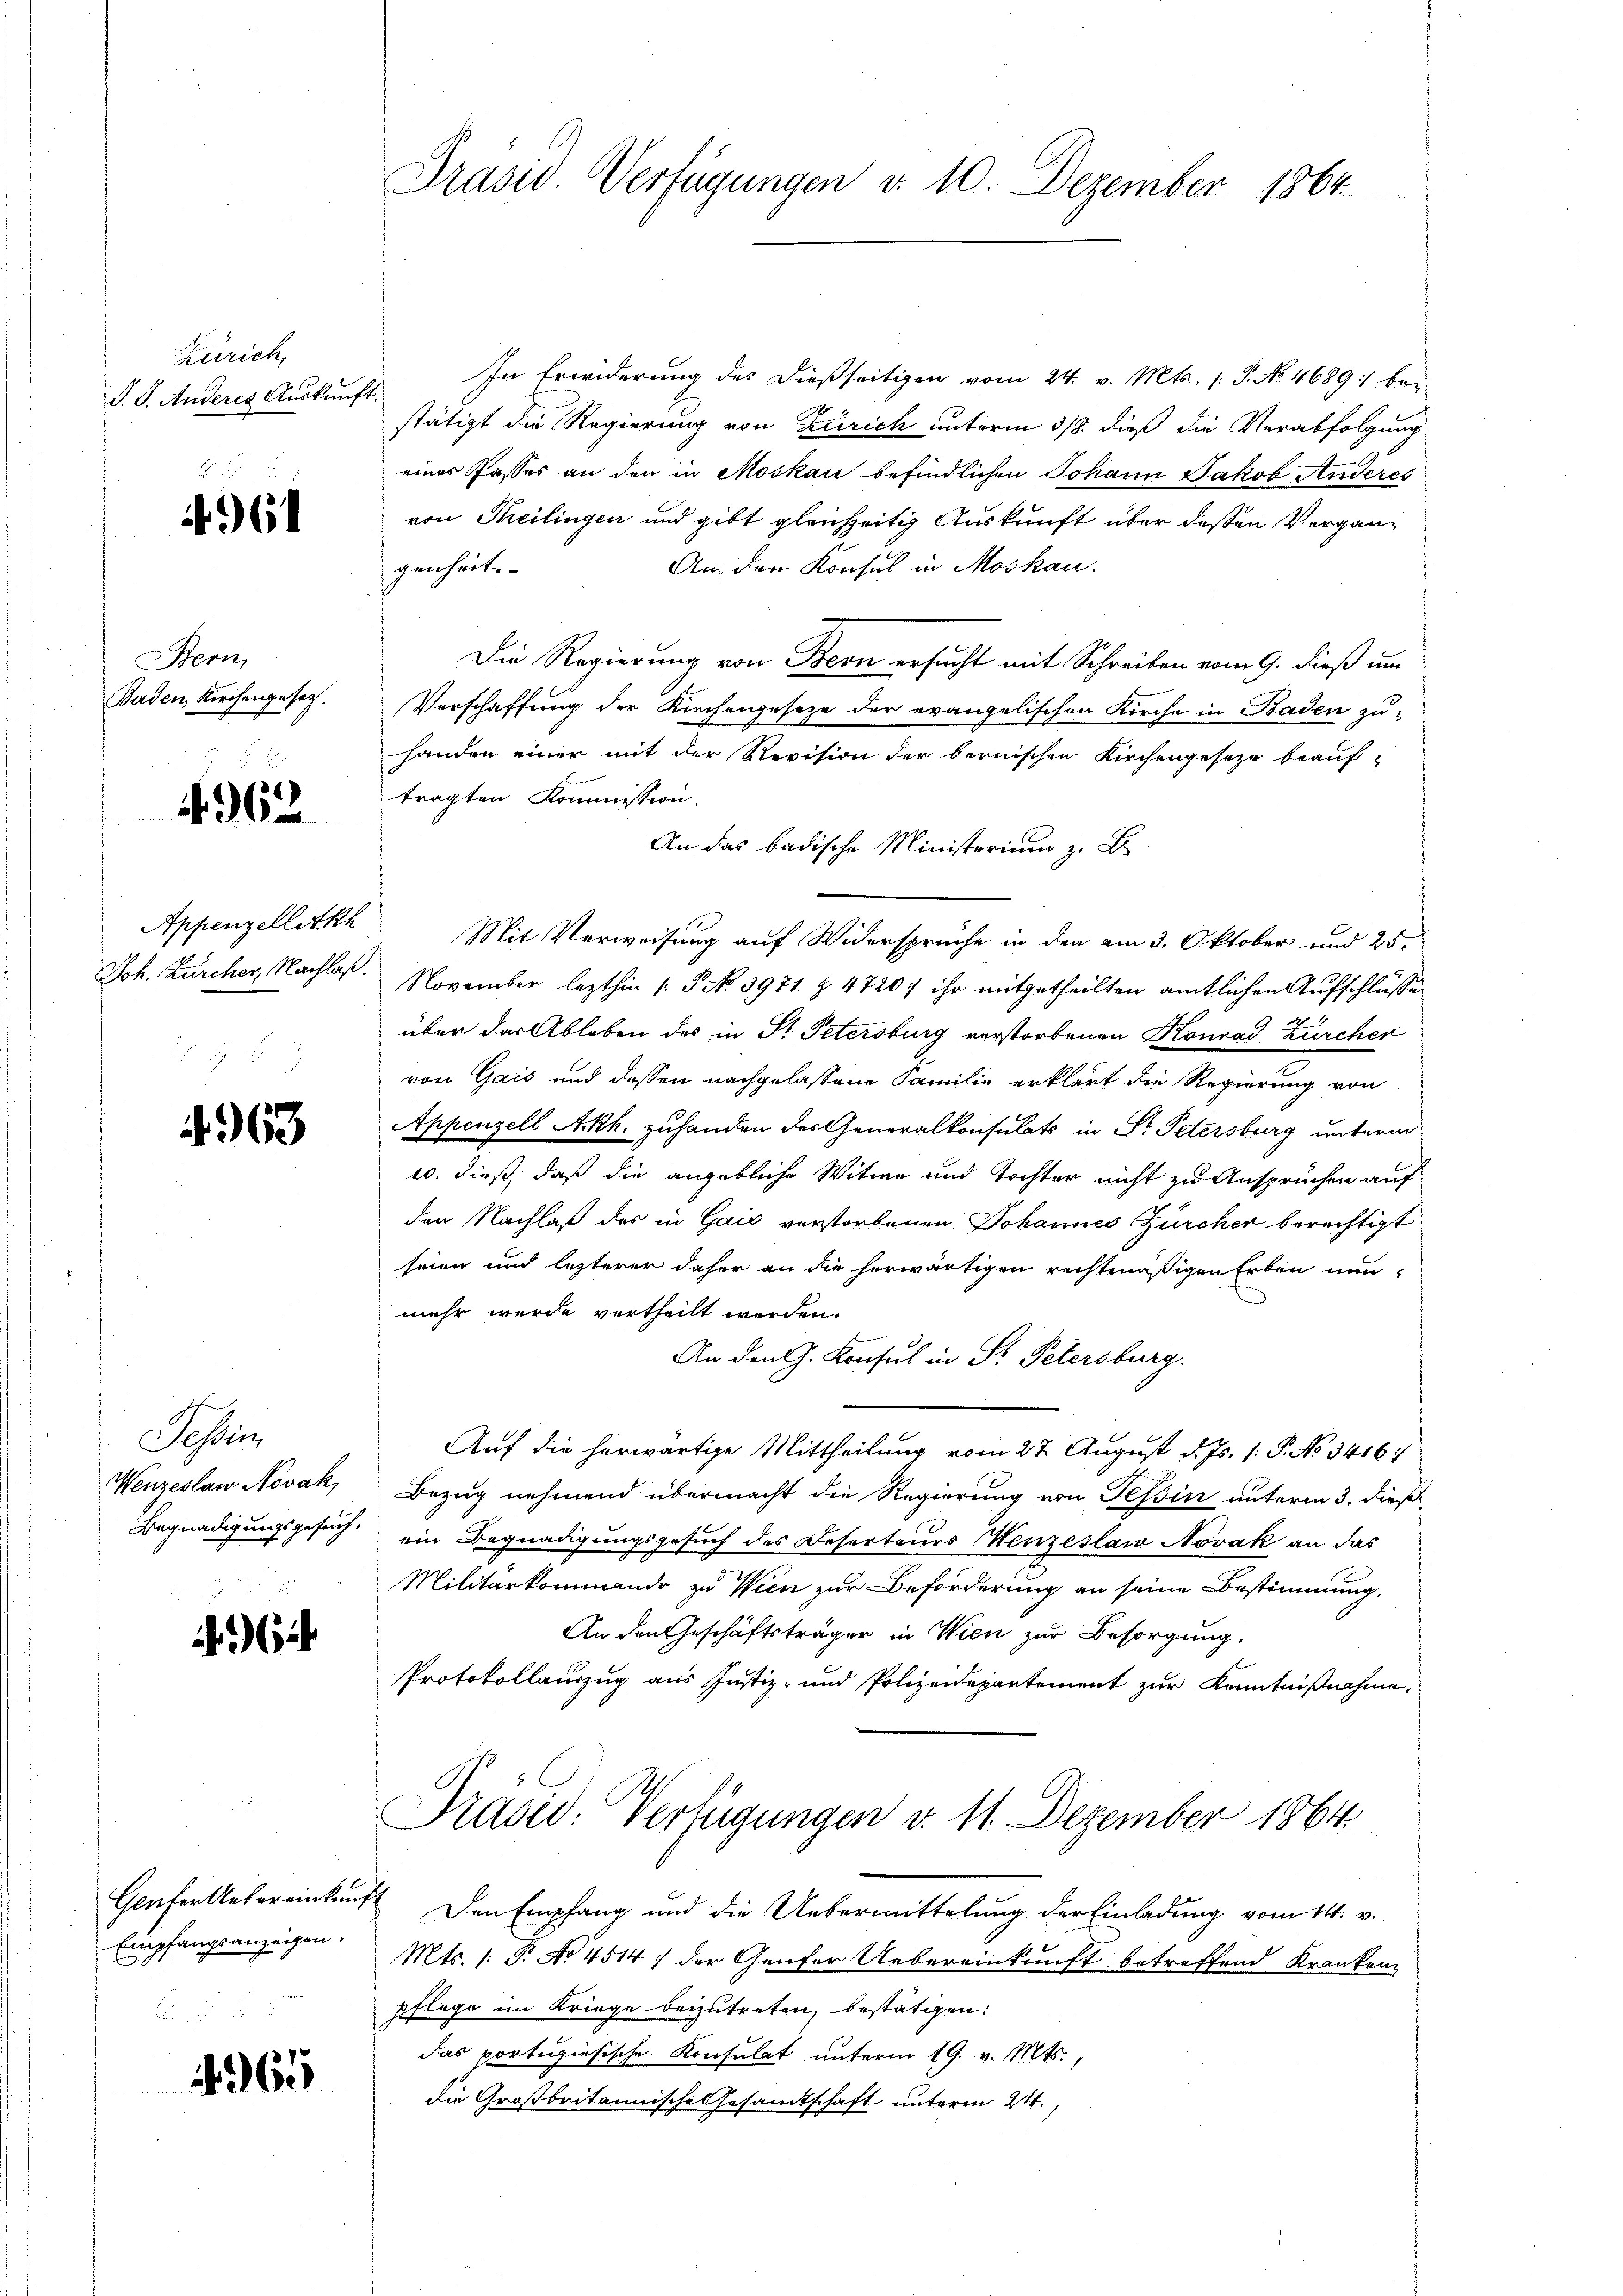
Zürich,
J. J. Anderes Aŭskŭnft

61

Bern,
Baden Kirchengesetz.

4962

Appenzelletth
Joh. Zürcher, Nachlaß.

463

Sohlen
Wenzeslaw Novak,
Begnadigungsgesuch.

62

Geufer Uebereinkunf
Empfangsanzeigen,

1965

Prasid. Verfügungen v. 10. Dezember 1864.

In Erwiderung des dießseitigen vom 24. v. Mts. 1. P. No. 4689 : bei
stätigt die Regierung von Zürich unterm 318. dieß die Verabfolgung
eines Passes an den in Moskau befindlichen Johann Jakob Anderes
von Theilingen und gibt gleichzeitig Auskunft über deßen Vergan¬
Am den Konsul in Moskau
genheits- |
Die Regierung von Bern ersucht mit Schreiben vom 9. dieß um
Verschaffung der Kirchengeseze der evangelischen Kirche in Baden zu-
handen einer mit der Revision der bernischen Kirchengeseze beauftragten Kommission.
An das badische Ministerium z. B
Mit Verweisung auf Widersprüche in den am 3. Oktober und 25.
November lezthin /: P. No. 3971 § 4720: ihr mitgetheilten amtlichen Aufschlusse
über der Ableben des in St. Petersburg verstorbenen Konrad Zürcher
von Gais und dessen nachgelassene Familie erklärt die Regierung von
Appenzell Akh. zuhanden des Generalkonsulats in Pr. Petersburg unterm
10. dieß, daß die angebliche Witwe und Tochter nicht zu Ansprüchen auf
den Nachlaß des in Gaić verstorbenen Johannes Zürcher berechtigt
seien und lezterer daher an die herwärtigen rechtmäßigen Erben nun-
mehr werde vertheilt werden.
An den G. Konsul in Sr. Petersburg.
Auf die herwärtige Mittheilung vom 27. August d. Js. /: P. No. 34167
Bezug nehmend übermacht die Regierung von Tessin unterm 3. dieß
ein Begnadigungsgesuch des Deserteurs Neuzeslaw Novak an das
Militärkommando zu Wien zur Beförderung an seine Bestimmung,
An den Geschäftsträger in Wien zur Besorgung,
Protokollauszug aus Justiz- und Polizeidepartement zur Kenntnißnahme,
Prased: Verfügungen d. 11. Dezember 1864
 Den Empfang und die Uebermittelung der Einladung vom 14. v.
Mts. 1. P. No 4514) der Genfer Uebereinkunft betreffend Kranken
pflege im Kriege beizutreten, bestätigen:
das portugiesische Konsulat unterm 19. v. Mts.,
die Großbritannische Gesandtschaft unterm 24.